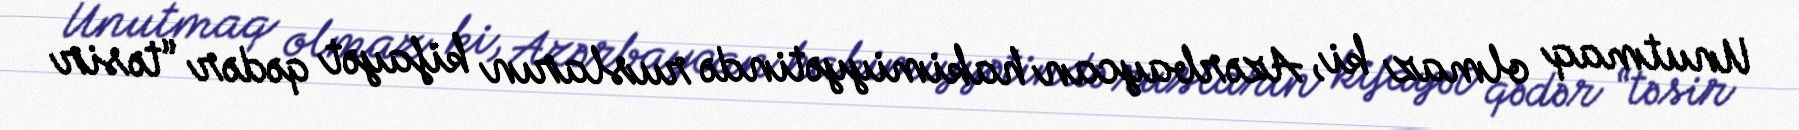
Unutmaq olmaz ki, Azərbaycan hakimiyyətində rusların kifayət qədər “təsir